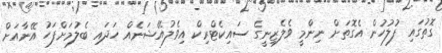
ގޮތުގައި ފުލުހުން އެގޮތަށް ނިންމީ ވެލެޒިނީގެ ސައިކެޓްރިކް އިވެލުއޭޝަނެއް ހަދައި ބެލުމަށްފަހު އޭނާއަށް